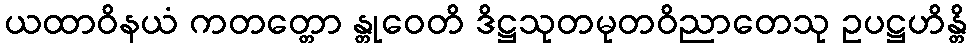
ယထာဝိနယံ ကတတ္တော န္တုဝေတိ ဒိဋ္ဌသုတမုတဝိညာတေသု ဥပဋ္ဌဟိန္တိ